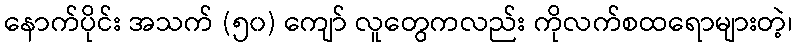
နောက်ပိုင်း အသက် (၅၀) ကျော် လူတွေကလည်း ကိုလက်စထရောများတဲ့၊